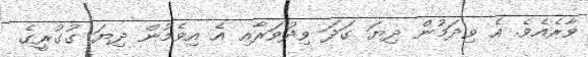
ވާރެއެވެ. އެ ވިދަމުން ދިޔަ ގަދަ ވިދުވަރާއި އެ އިވެމުން ދިޔަ ގުގުރީގެ